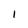
Character: 1